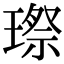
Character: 㻮